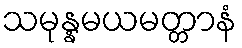
သမုန္နမယမတ္တာနံ